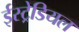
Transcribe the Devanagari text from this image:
ईस्ट्रेडियल